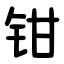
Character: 钳